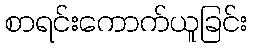
စာရင်းကောက်ယူခြင်း